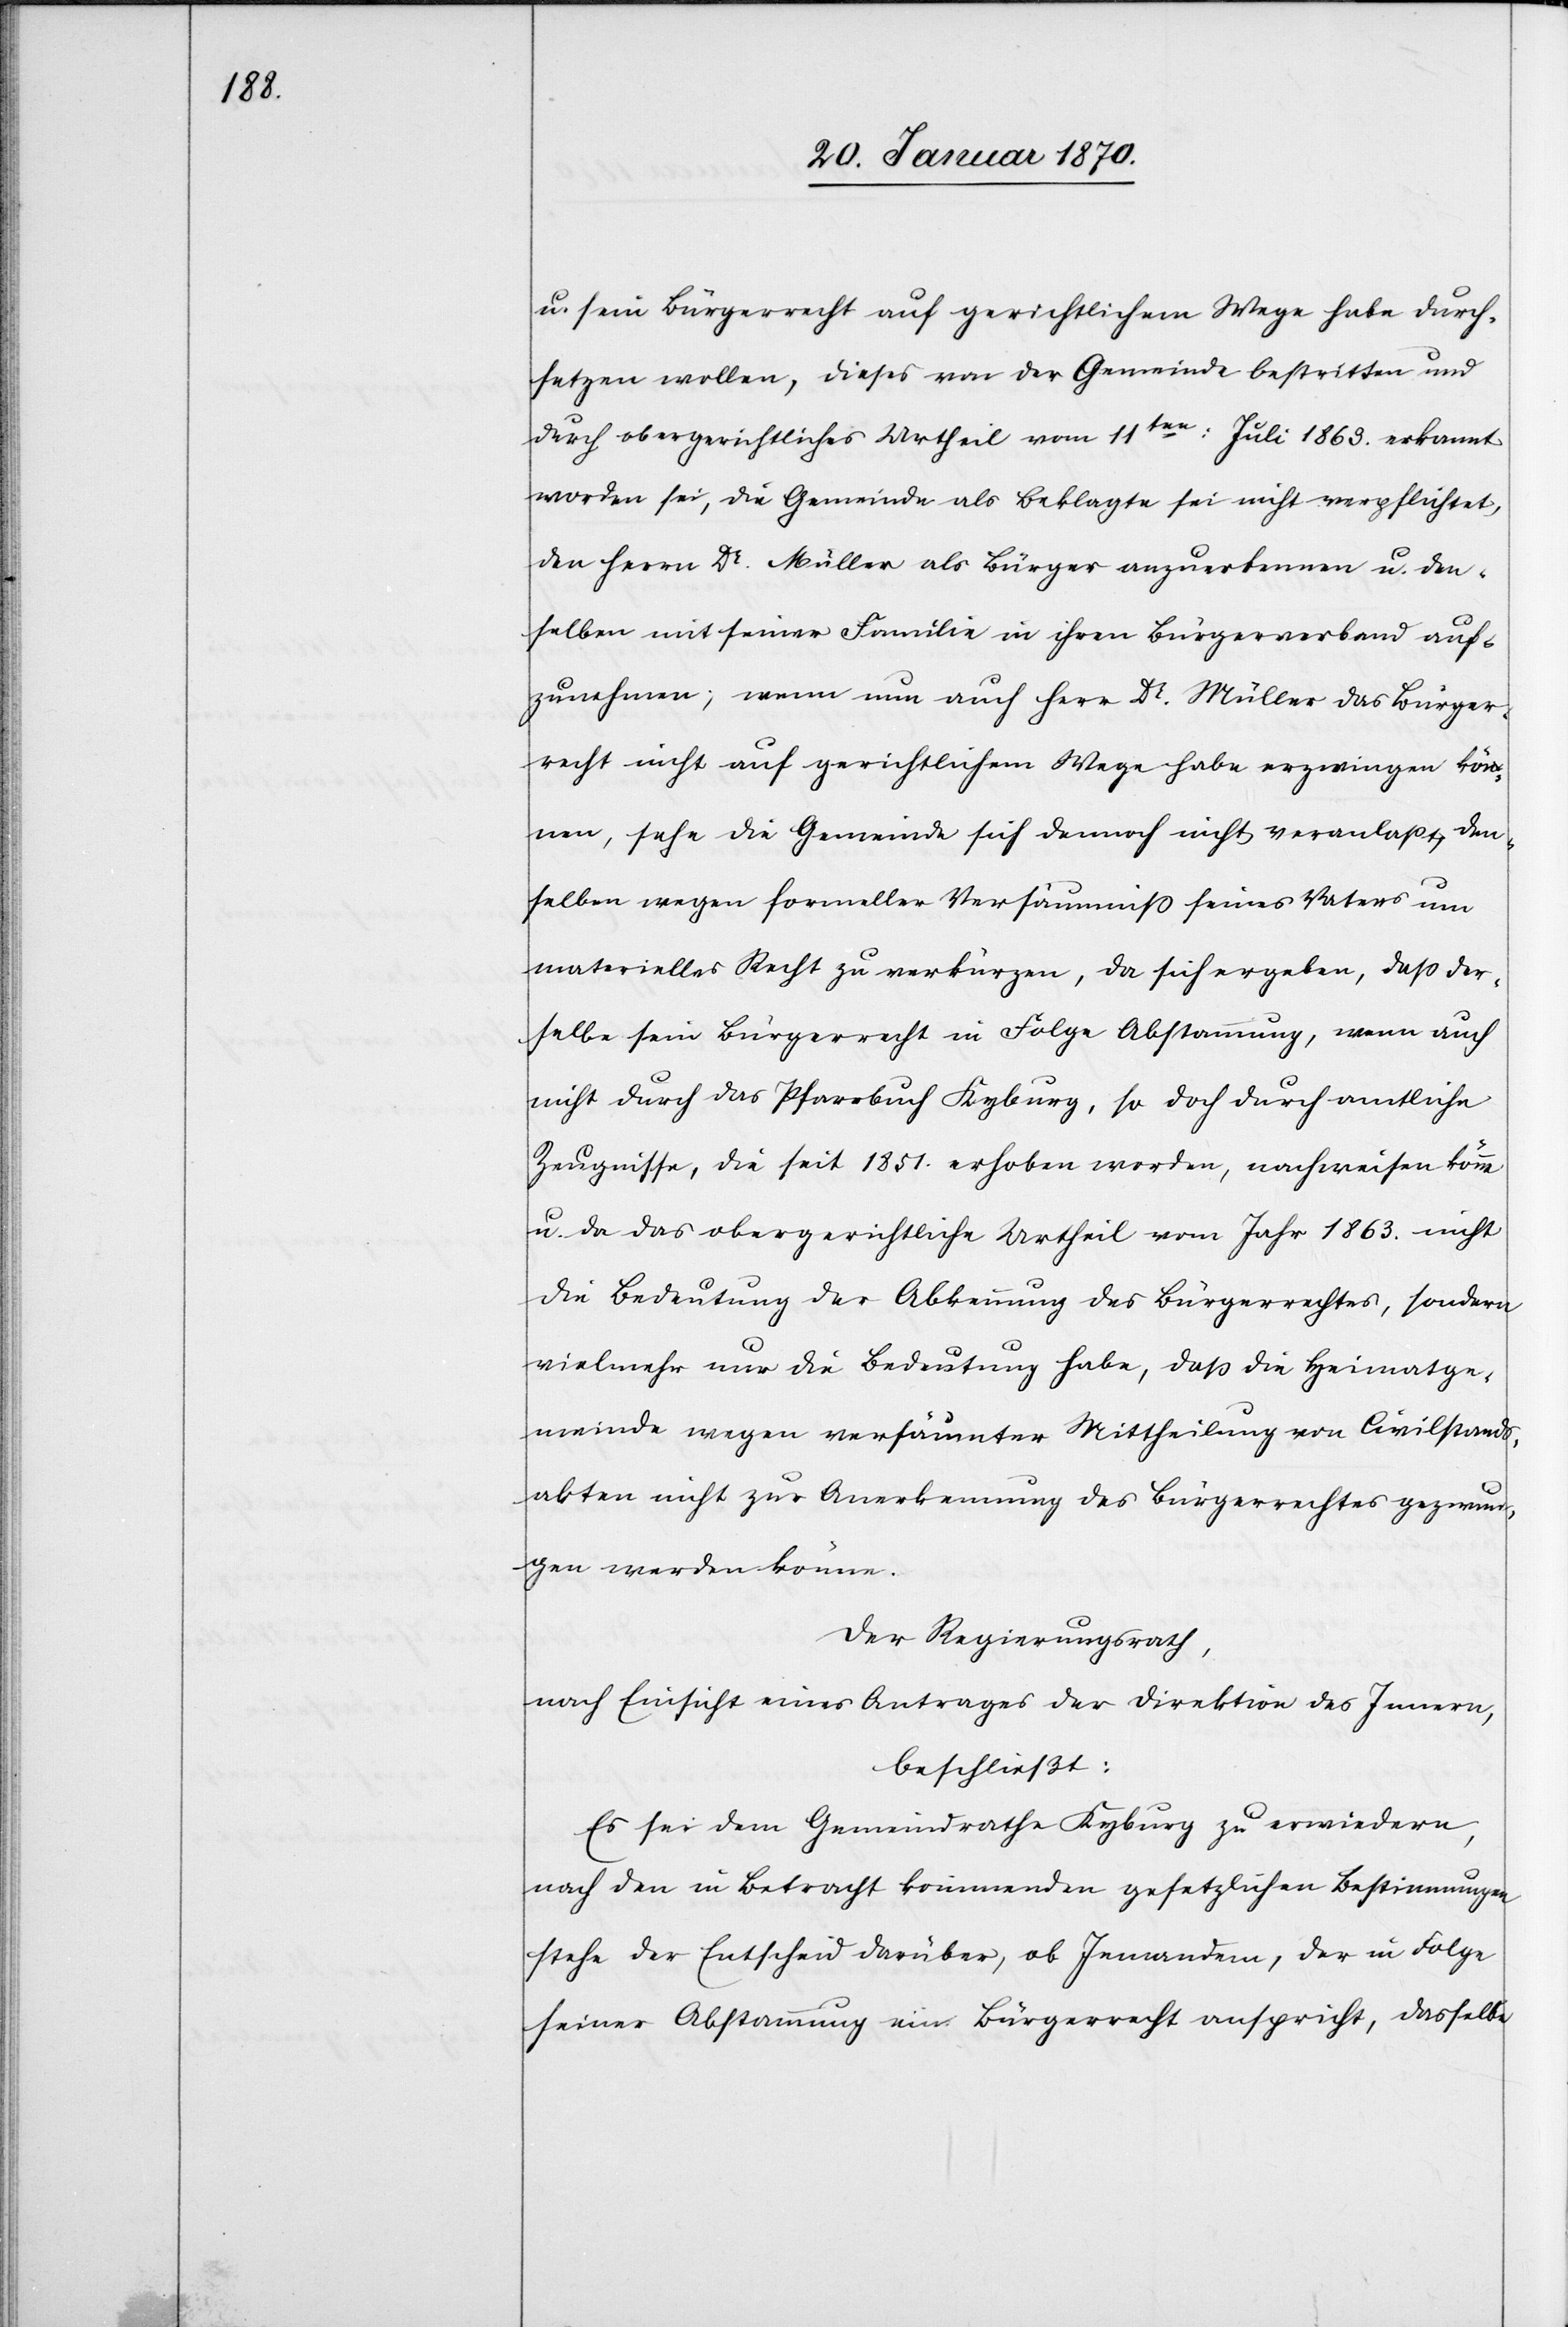
u. sein Bürgerrecht auf gerichtlichem Wege habe durch¬
setzen wollen, dieses von der Gemeinde bestritten und
durch obergerichtliches Urtheil vom 11ten: Juli 1863. erkannt
worden sei, die Gemeinde als Beklagte sei nicht verpflichtet,
den Herrn Dr. Müller als Bürger anzuerkennen u. den¬
selben mit seiner Familie in ihren Bürgerverband auf¬
zunehmen; wenn nun auch Herr Dr. Müller das Bürger¬
recht nicht auf gerichtlichem Wege habe erzwingen kön¬
nen, sehe die Gemeinde sich demnach nicht veranlaßt, den¬
selben wegen formeller Versäumniß seines Vaters um
materielles Recht zu verkürzen, da sich ergeben, daß der¬
selbe sein Bürgerrecht in Folge Abstammung, wenn auch
nicht durch das Pfarrbuch Kyburg, so doch durch amtliche
Zeugnisse, die seit 1851. erhoben worden, nachweisen könne
u. da das obergerichtliche Urtheil vom Jahr 1863. nicht
die Bedeutung der Abkennung des Bürgerrechtes, sondern
vielmehr nur die Bedeutung habe, daß die Heimatge¬
meinde wegen versäumter Mittheilung von Civilstands¬
akten nicht zur Anerkennung des Bürgerrechtes gezwun¬
gen werden könne.
Der Regierungsrath,
nach Einsicht eines Antrages der Direktion des Innern,
beschließt:
Es sei dem Gemeindrathe Kyburg zu erwiedern,
nach den in Betracht kommenden gesetzlichen Bestimmungen
stehe der Entscheid darüber, ob Jemandem, der in Folge
seiner Abstammung ein Bürgerrecht anspricht, dasselbe